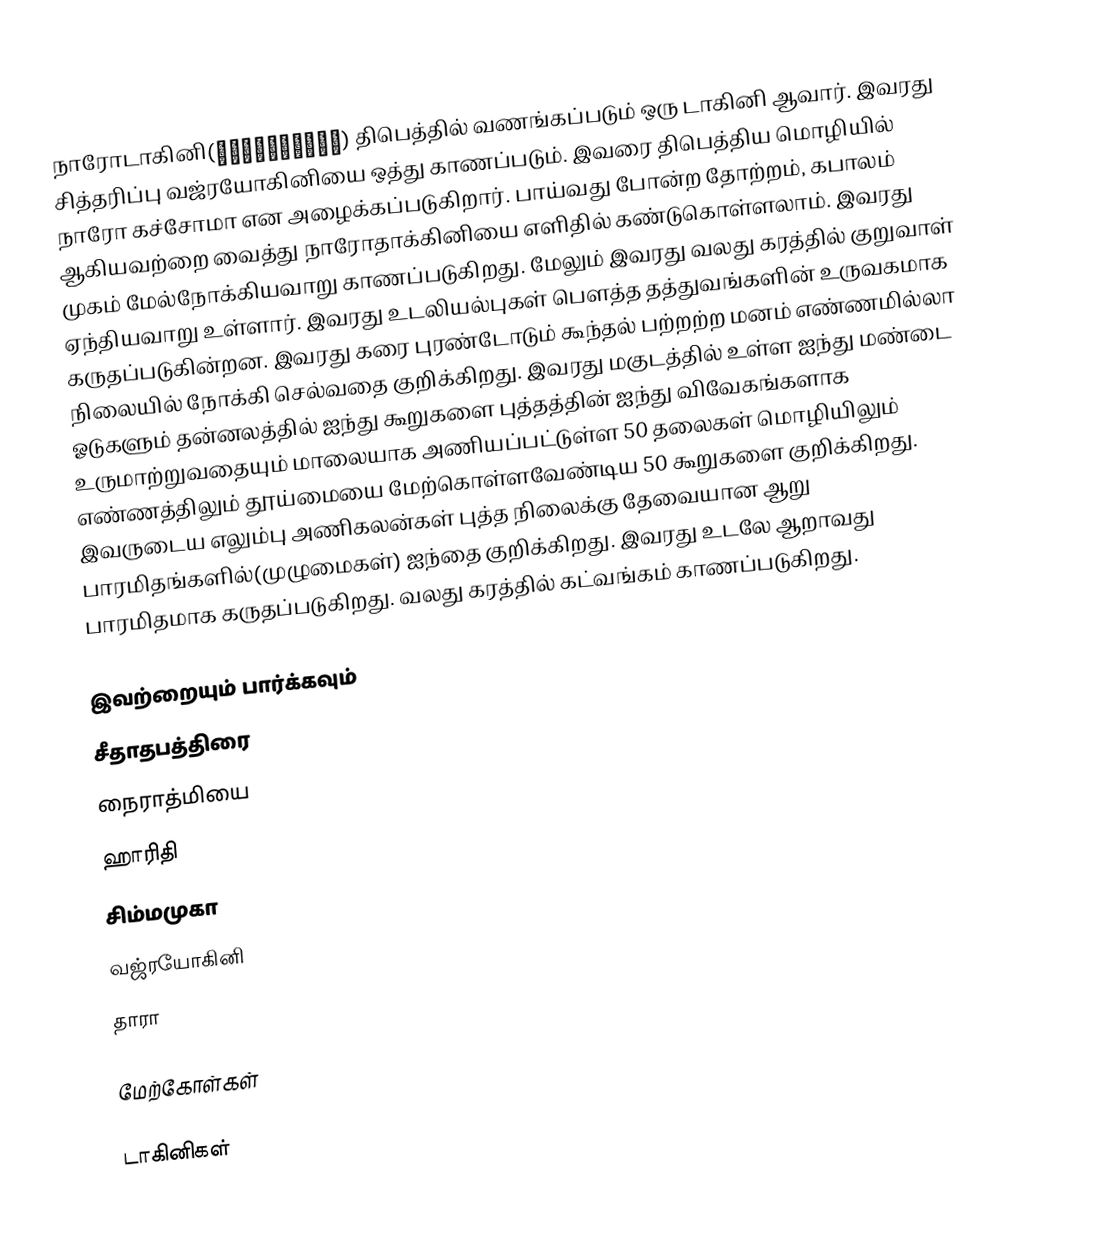
நாரோடாகினி(नारोडाकिनि) திபெத்தில் வணங்கப்படும் ஒரு டாகினி ஆவார். இவரது சித்தரிப்பு வஜ்ரயோகினியை ஒத்து காணப்படும். இவரை திபெத்திய மொழியில் நாரோ கச்சோமா என அழைக்கப்படுகிறார். பாய்வது போன்ற தோற்றம், கபாலம் ஆகியவற்றை வைத்து நாரோதாக்கினியை எளிதில் கண்டுகொள்ளலாம். இவரது முகம் மேல்நோக்கியவாறு காணப்படுகிறது. மேலும் இவரது வலது கரத்தில் குறுவாள் ஏந்தியவாறு உள்ளார். இவரது உடலியல்புகள் பௌத்த தத்துவங்களின் உருவகமாக கருதப்படுகின்றன. இவரது கரை புரண்டோடும் கூந்தல் பற்றற்ற மனம் எண்ணமில்லா நிலையில் நோக்கி செல்வதை குறிக்கிறது. இவரது மகுடத்தில் உள்ள ஐந்து மண்டை ஓடுகளும் தன்னலத்தில் ஐந்து கூறுகளை புத்தத்தின் ஐந்து விவேகங்களாக உருமாற்றுவதையும் மாலையாக அணியப்பட்டுள்ள 50 தலைகள் மொழியிலும் எண்ணத்திலும் தூய்மையை மேற்கொள்ளவேண்டிய 50 கூறுகளை குறிக்கிறது. இவருடைய எலும்பு அணிகலன்கள் புத்த நிலைக்கு தேவையான ஆறு பாரமிதங்களில்(முழுமைகள்) ஐந்தை குறிக்கிறது. இவரது உடலே ஆறாவது பாரமிதமாக கருதப்படுகிறது. வலது கரத்தில் கட்வங்கம் காணப்படுகிறது.

இவற்றையும் பார்க்கவும்
சீதாதபத்திரை
நைராத்மியை
ஹாரிதி
சிம்மமுகா
வஜ்ரயோகினி
தாரா

மேற்கோள்கள்

டாகினிகள்